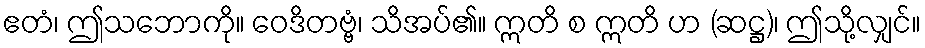
ဧတံ၊ ဤသဘောကို။ ဝေဒိတဗ္ဗံ၊ သိအပ်၏။ ဣတိ စ ဣတိ ဟ (ဆဋ္ဌ)၊ ဤသို့လျှင်။